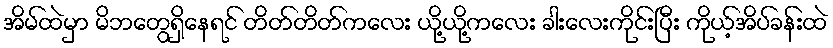
အိမ်ထဲမှာ မိဘတွေရှိနေရင် တိတ်တိတ်ကလေး ယို့ယို့ကလေး ခါးလေးကိုင်းပြီး ကိုယ့်အိပ်ခန်းထဲ